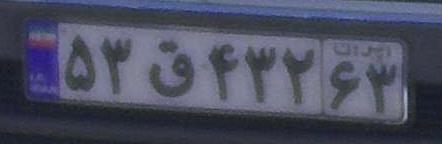
۵۳ق۴۳۲۶۳